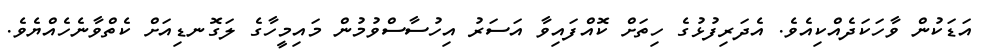
އަޑަކުން ވާހަކަދެއްކިއެވެ. އެދަރިފުޅުގެ ހިތަށް ކޮއްފައިވާ އަސަރު އިހުސާސްވުމުން މައިމީހާގެ ލަގޮނޑިއަށް ކެތްވާނެހެއްޔެވެ.